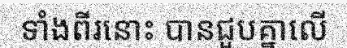
ទាំងពីរនោះ បានជួបគ្នាលើ